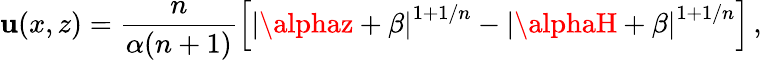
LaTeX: \mathbf{u}(x,z)=\frac{{n}}{{\alpha(n+1)}}\left[\left|\alphaz+\beta\right|^{1+1/n}-\left|\alphaH+\beta\right|^{1+1/n}\right]\, ,